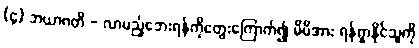
(၄) ဘယာဂတိ - လာမည့်ဘေးရန်ကိုတွေးကြောက်၍ မိမိအား ရန်ရှာနိုင်သူကို